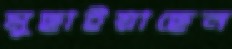
মুছাইয়াছেন